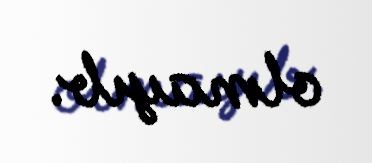
olmayıb.